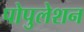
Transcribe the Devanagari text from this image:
पोपुलेशन